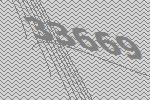
33669